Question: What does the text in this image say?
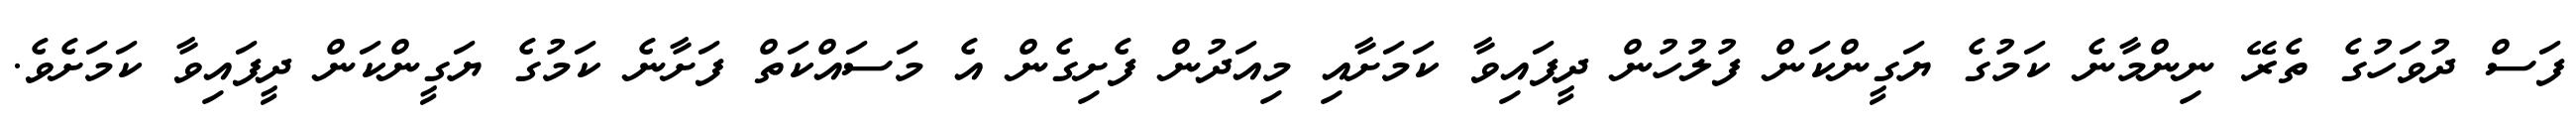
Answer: ފަސް ދުވަހުގެ ތެރޭ ނިންމާނެ ކަމުގެ ޔަގީންކަން ފުލުހުން ދީފައިވާ ކަމަށާއި މިއަދުން ފެށިގެން އެ މަސައްކަތް ފަށާނެ ކަމުގެ ޔަގީންކަން ދީފައިވާ ކަމަށެވެ.